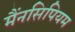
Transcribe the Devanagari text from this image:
मैंनसिपियम